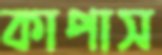
কাপাস